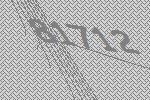
81712